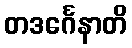
တဒင်္ဂေနာတိ